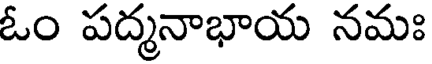
ఓం పద్మనాభాయ నమః